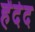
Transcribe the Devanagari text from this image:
हेंदेद